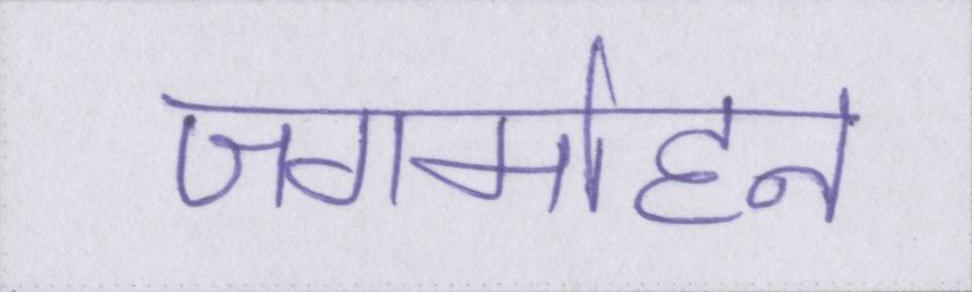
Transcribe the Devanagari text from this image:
जगमोहन